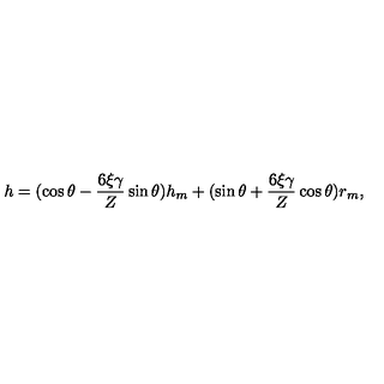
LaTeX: h = ( \cos \theta - \frac { 6 \xi \gamma } { Z } \sin \theta ) h _ { m } + ( \sin \theta + \frac { 6 \xi \gamma } { Z } \cos \theta ) r _ { m } \mathrm { , }